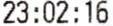
23:02:16